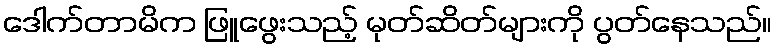
ဒေါက်တာမိက ဖြူဖွေးသည့် မုတ်ဆိတ်များကို ပွတ်နေသည်။